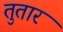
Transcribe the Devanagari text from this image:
तुतार